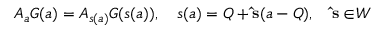
A _ { a } G ( a ) = A _ { s ( a ) } G ( s ( a ) ) , \quad s ( a ) = Q + { \bf \hat { s } } ( a - Q ) , \quad { \bf \hat { s } \in } { \cal W }